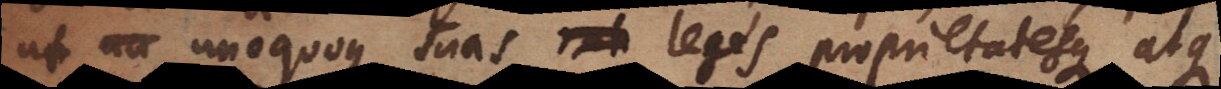
ut un unoquoque suas leges proprietatesque atque